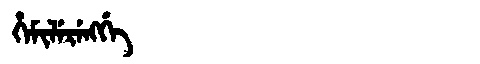
Manchu: ᡥᡝᠮᡳᠯᡝᡵᡝᠩᡤᡝ
Romanization: HEMILERENGGE